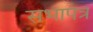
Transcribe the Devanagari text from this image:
सभापत्र